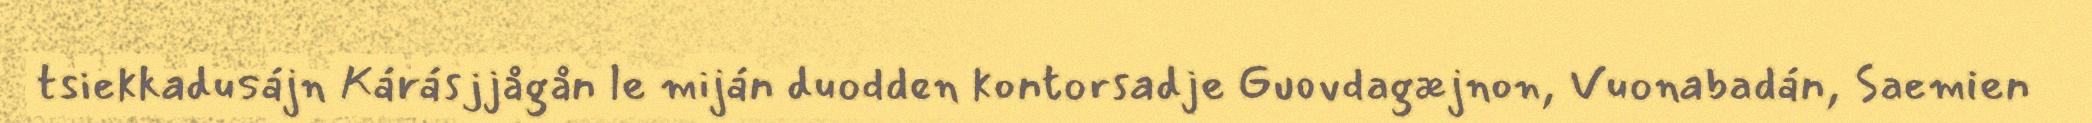
tsiekkadusájn Kárásjjågån le miján duodden kontorsadje Guovdagæjnon, Vuonabadán, Saemien